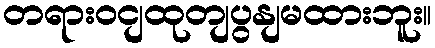
တရားဝငျထုတျပွနျမထားဘူး။